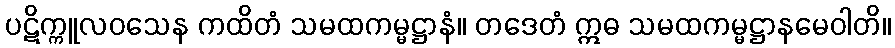
ပဋိက္ကူလဝသေန ကထိတံ သမထကမ္မဋ္ဌာနံ။ တဒေတံ ဣဓ သမထကမ္မဋ္ဌာနမေဝါတိ။